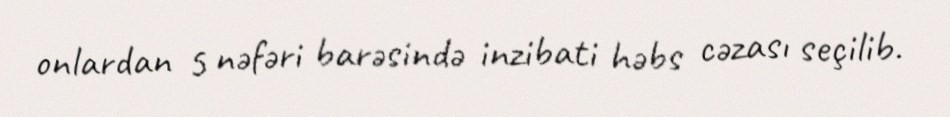
onlardan 5 nəfəri barəsində inzibati həbs cəzası seçilib.